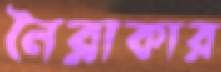
নৈরাকার